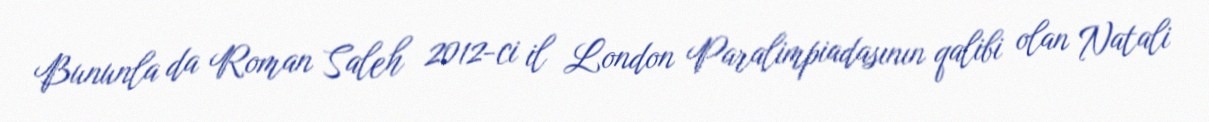
Bununla da Roman Saleh 2012-ci il London Paralimpiadasının qalibi olan Natali